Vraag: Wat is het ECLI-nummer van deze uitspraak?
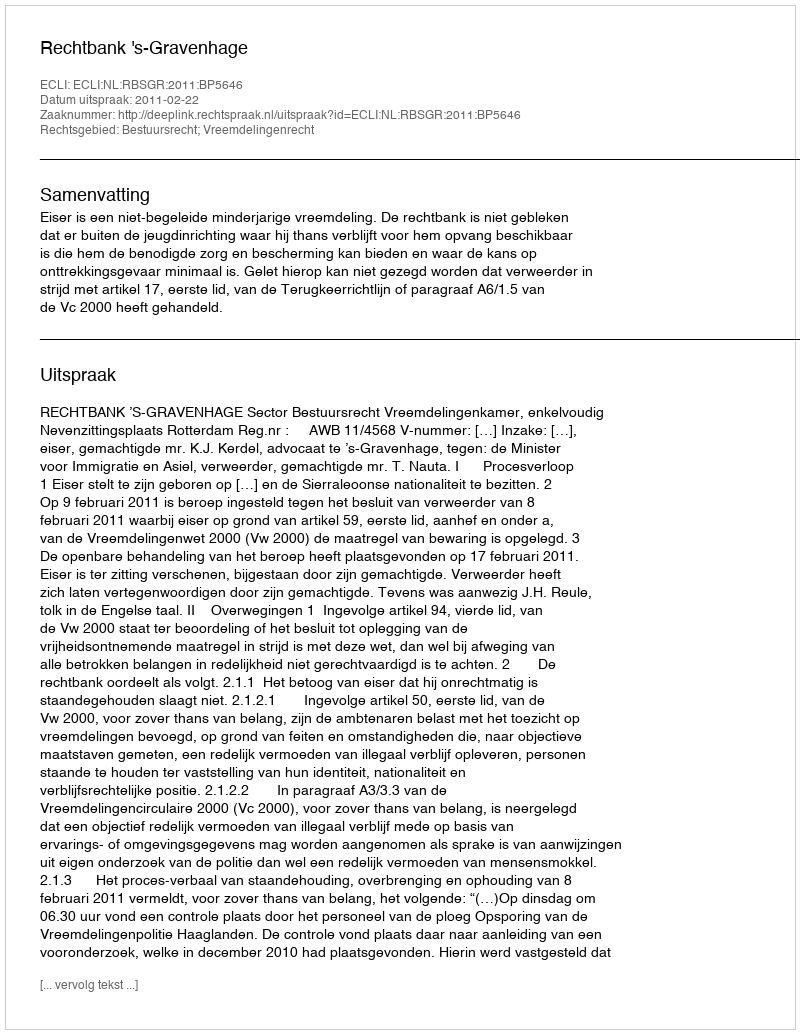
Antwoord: ECLI:NL:RBSGR:2011:BP5646